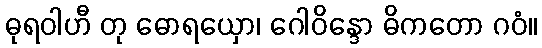
ဓုရဝါဟီ တု ဓောရယှော၊ ဂေါဝိန္ဒော ဓိကတော ဂဝံ။